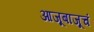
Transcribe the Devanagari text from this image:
आजूबाजूचं